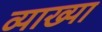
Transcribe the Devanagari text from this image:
व्याख्या